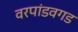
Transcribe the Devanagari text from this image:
वरपांडवगड